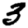
Digit: 3